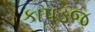
કાપડજ